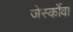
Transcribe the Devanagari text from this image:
जेर्स्कोवा